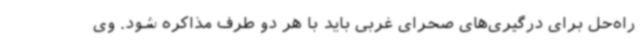
راه‌حل برای درگیری‌های صحرای غربی باید با هر دو طرف مذاکره شود. وی